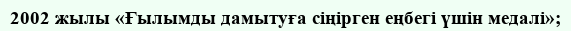
2002 жылы «Ғылымды дамытуға сіңірген еңбегі үшін медалі»;